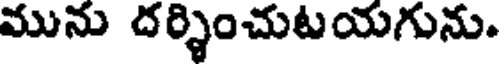
మును దర్శించుటయగును.